Medical and sanitary report on the native army of Bombay for the year
Year: 1877
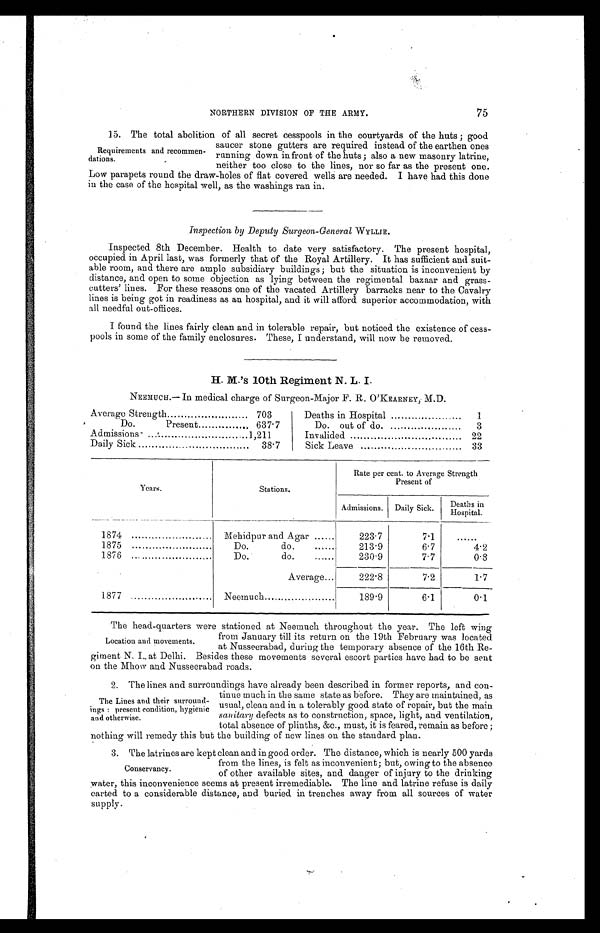
NORTHERN DIVISION OF THE ARMY.
75
Requirements and recommen-
dations.
15. The total abolition of all secret cesspools in the courtyards of the huts ; good
saucer stone gutters are required instead of the earthen ones
running down in front of the huts; also a new masonry latrine,
neither too close to the lines, nor so far as the present one.
Low parapets round the draw-holes of flat covered wells are needed. I have had this done
in the case of the hospital well, as the washings ran in.
Inspection by Deputy Surgeon-General WYLLIE.
Inspected 8th December. Health to date very satisfactory. The present hospital,
occupied in April last, was formerly that of the Royal Artillery. It has sufficient and suit-
able room, and there are ample subsidiary buildings ; but the situation is inconvenient by
distance, and open to some objection as lying between the regimental bazaar and grass-
cutters' lines. For these reasons one of the vacated Artillery barracks near to the Cavalry
lines is being got in readiness as an hospital, and it will afford superior accommodation, with
all needful out-offices.
I found the lines fairly clean and in tolerable repair, but noticed the existence of cess-
pools in some of the family enclosures. These, I understand, will now be removed.
H. M.'s 10th Regiment N. L. I.
NEEMUCH.—In medical charge of Surgeon-Major F. R. O'KEARNEY, M.D.
Average Strength
703
Deaths in Hospital
1
Do.
Present
637.7
Do. out of do.
3
Admissions
1,211
Invalided
22
Daily Sick
38.7
Sick Leave
33
Years.
Stations.
Rate per cent. to Average Strength
Present of
Admissions. Daily Sick.
Deaths in
H o s p i t a l
1874
Mehidpur and Agar......
223.7
7.1
......
1875
Do.
do.
......
213.9
6.7
4.2
1876
Do..
do.
......
230.9
7.7
0.8
Average...
222.8
7.2
1.7
1877
Neemuch
189.9
6.1
0.1
Location and movements.
The head-quarters were stationed at Neemuch throughout the year. The left wing
from January till its return on the 19th February was located
at Nusseerabad, during the temporary absence of the 16th Re-
giment N. I. at Delhi. Besides these movements several escort parties have had to be sent
on the Mhow and Nusseerabad roads.
The Lines and their surround-
ings : present condition, hygienic
and otherwise.
2. The lines and surroundings have already been described in former reports, and con-
tinue much in the same state as before. They are maintained, as
usual, clean and in a tolerably good state of repair, but the main
sanitary defects as to construction, space, light, and ventilation,
total absence of plinths, &c., must, it is feared, remain as before ;
nothing will remedy this but the building of new lines on the standard plan.
Conservancy.
3. The latrines are kept clean and in good order. The distance, which is nearly 500 yards
from the lines, is felt as inconvenient; but, owing to the absence
of other available sites, and danger of injury to the drinking
water, this inconvenience seems at present irremediable. The line and latrine refuse is daily
carted to a considerable distance, and buried in trenches away from all sources of water
supply.